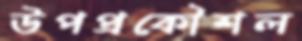
উপপ্রকৌশল